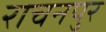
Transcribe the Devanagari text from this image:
राचनपुर